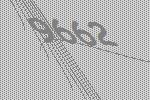
9662